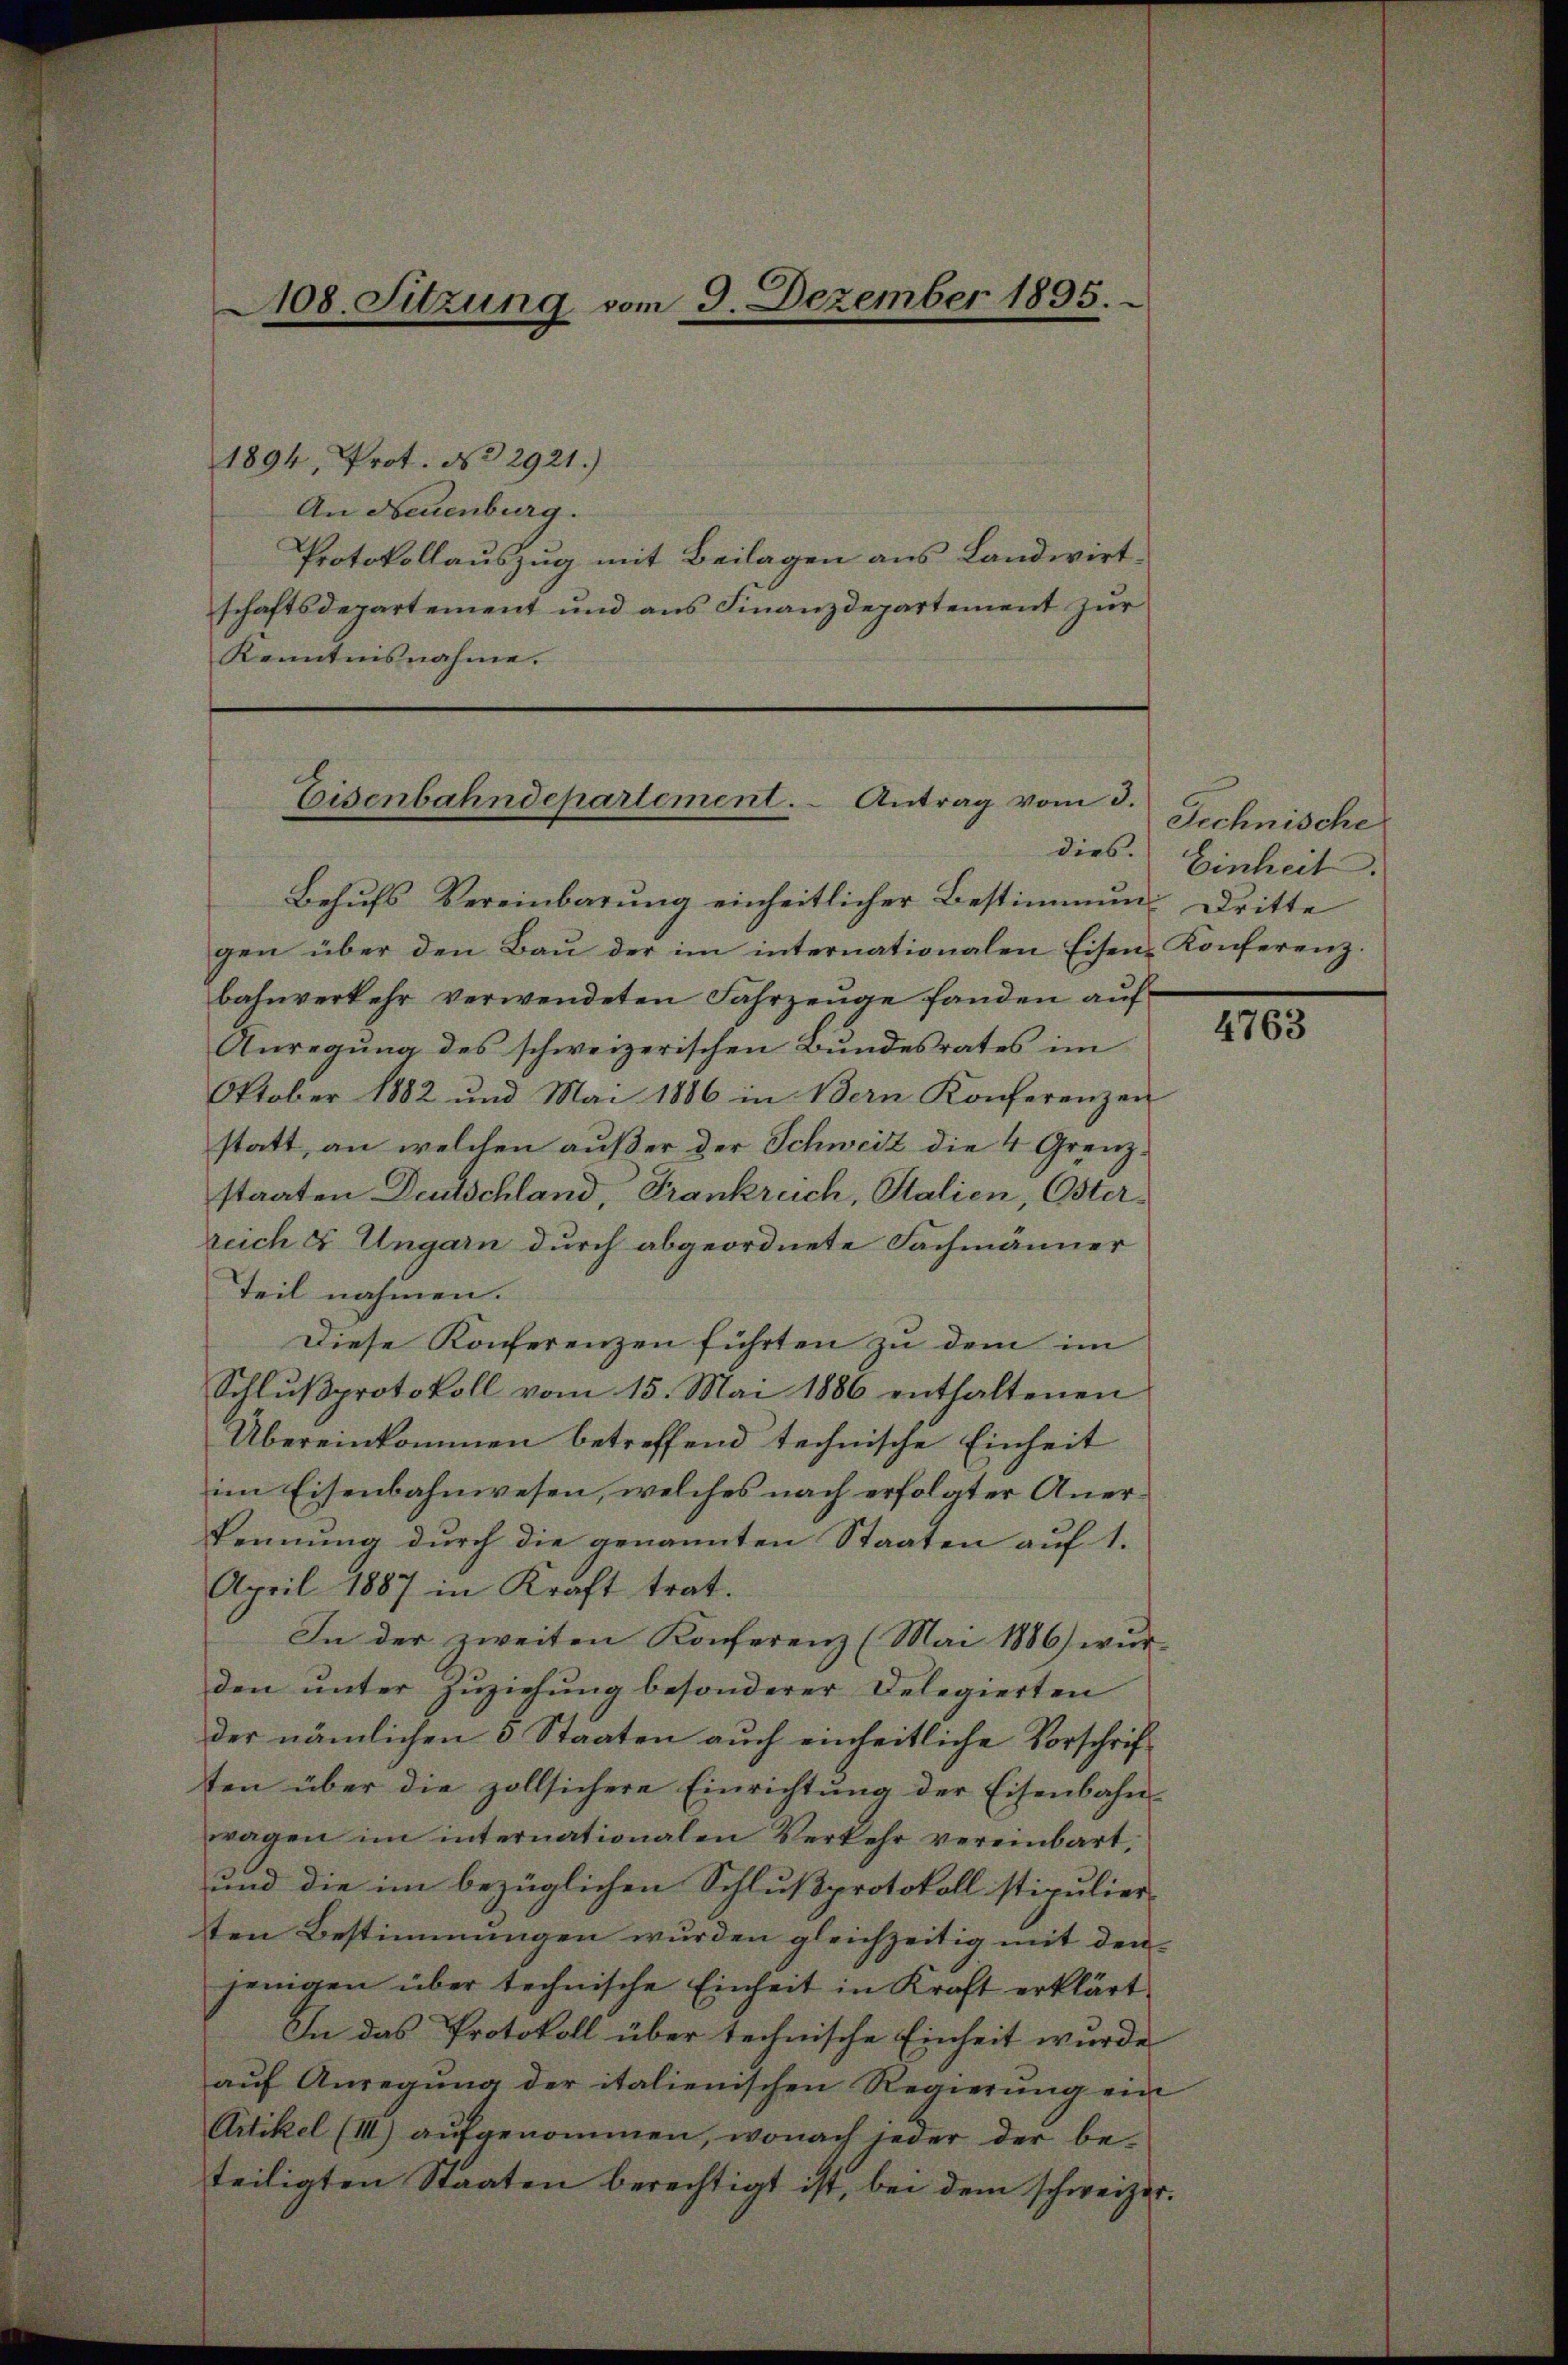
108. Sitzung vom 3. Dezember 1895.

1894, Prot. No 2921.)
An Neuenburg.
Protokollauszug mit Beilagen aus Landwirtschaftsdepartement und aus Finanzdepartement zur
Kenntnisnahme.

Eisenbahndepartement. Antrag vom 3.
dies.

Behufs Vereinbarung einheitlicher Bestimmung Dritte
gen über den Bau der im internationalen Eisen-Konferenz.
bahnverkehr verwendeten Fahrzeuge fanden auf
Anregung des schweizerischen Bundesrates im
Oktober 1882 und Mai 1886 in Bern Konferenzen
statt, an welchen außer der Schweit die 4 Grenzstaaten Deutschland, Frankreich, Stalien, Osterreich u. Ungarn durch abgeordnete Fachmänner
Teil nahmen.
Diese Konferenzen führten zu dem im
Schlŭβprotokoll vom 15. Mai 1886 enthaltenen
Übereinkommen betreffend technische Einheit
im Eisenbahnwesen, welches nach erfolgter Anerkennung durch die genannten Staaten auf 1.
April 1887 in Kraft trat.
In der zweiten Konferenz (Mai 1886) wur-
den unter Zuziehung besonderer Delegierten
der nämlichen 5 Staaten auch einheitliche Vorschriften über die zollsichere Einrichtŭng der Eisenbahn-
ragen im internationalen Verkehr vereinbart;
und die im bezüglichen Schlußprotokoll stipulier-
ten Bestimmungen wurden gleichzeitig mit den
jenigen über technische Einheit in Kraft erklärt
In das Protokoll über technische Einheit wurde
aŭf Anregŭng der italienischen Regierŭng ein
Artikel (III) aufgenommen, wonach jeder der be-
teiligten Staaten berechtigt ist, bei dem schweizer.

Technische
Einheit.

4763